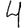
Digit: 4